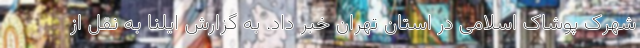
شهرک پوشاک اسلامی در استان تهران خبر داد. به گزارش ایلنا به نقل از